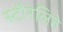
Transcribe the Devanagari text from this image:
स्टौरलिते